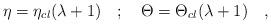
LaTeX: \begin{align*}\eta =\eta _{cl}(\lambda +1)\quad ;\quad \Theta =\Theta _{cl}(\lambda +1)\quad ,\end{align*}